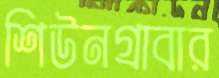
শিউনগ্রাবার